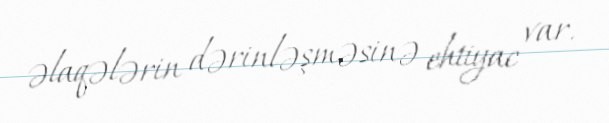
əlaqələrin dərinləşməsinə ehtiyac var.